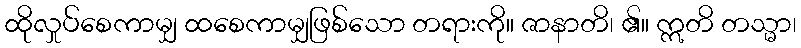
ထိုလှုပ်စေကာမျှ ထစေကာမျှဖြစ်သော တရားကို။ ဇာနာတိ၊ ၏။ ဣတိ တသ္မာ၊